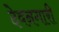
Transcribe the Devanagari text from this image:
देवनगारी